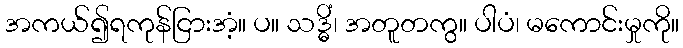
အကယ်၍ရကုန်ငြားအံ့။ ပ။ သဒ္ဓိံ၊ အတူတကွ။ ပါပံ၊ မကောင်းမှုကို။